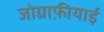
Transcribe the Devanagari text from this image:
जोग़्राफ़ीयाई